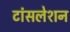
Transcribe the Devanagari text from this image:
टांंसलेशन